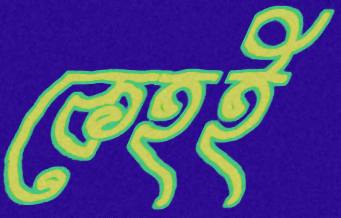
কেহই